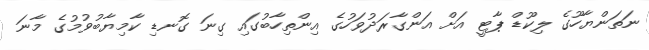
ނަތަންޔާހޫގެ ލިކޫޑް ޕާޓީ އަށް އަންގާރަދުވަހުގެ އިންތިހާބުގައި ގިނަ ގޮނޑި ކާމިޔާބުވުމުގެ މާނަ